Scottish Leaving Certificate Examination, 1953
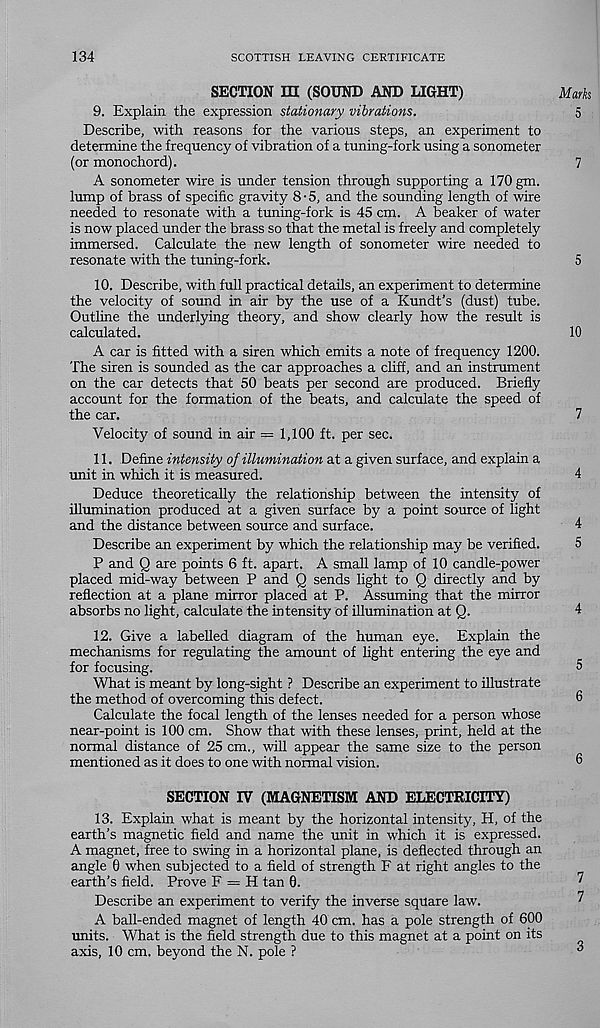
134
SCOTTISH LEAVING CERTIFICATE
SECTION m (SOUND AND LIGHT)
Mark
9. Explain the expression stationary vibrations.
5
Describe, with reasons for the various steps, an experiment to
determine the frequency of vibration of a tuning-fork using a sonometer
(or monochord).
7
A sonometer wire is under tension through supporting a 170 gm.
lump of brass of specific gravity 8-5, and the sounding length of wire
needed to resonate with a tuning-fork is 45 cm. A beaker of water
is now placed under the brass so that the metal is freely and completely
immersed. Calculate the new length of sonometer wire needed to
resonate with the tuning-fork.
5
10. Describe, with full practical details, an experiment to determine
the velocity of sound in air by the use of a Kundt’s (dust) tube.
Outline the underlying theory, and show clearly how the result is
calculated.
10
A car is fitted with a siren which emits a note of frequency 1200.
The siren is sounded as the car approaches a cliff, and an instrument
on the car detects that 50 beats per second are produced. Briefly
account for the formation of the beats, and calculate the speed of
the car.
7
Velocity of sound in air = 1,100 ft. per sec.
11. Define intensity of illumination at a given surface, and explain a
unit in which it is measured.
4
Deduce theoretically the relationship between the intensity of
illumination produced at a given surface by a point source of light
and the distance between source and surface.
4
Describe an experiment by which the relationship may be verified.
5
P and Q are points 6 ft. apart. A small lamp of 10 candle-power
placed mid-way between P and Q sends light to Q directly and by
reflection at a plane mirror placed at P. Assuming that the mirror
absorbs no light, calculate the intensity of illumination at Q.
4
12. Give a labelled diagram of the human eye. Explain the
mechanisms for regulating the amount of light entering the eye and
for focusing.
5
What is meant by long-sight ? Describe an experiment to illustrate
the method of overcoming this defect.
6
Calculate the focal length of the lenses needed for a person whose
near-point is 100 cm. Show that with these lenses, print, held at the
normal distance of 25 cm., will appear the same size to the person
mentioned as it does to one with normal vision.
SECTION IV (MAGNETISM AND ELECTRICITY)
13. Explain what is meant by the horizontal intensity, H, of the
earth’s magnetic field and name the unit in which it is expressed.
A magnet, free to swing in a horizontal plane, is deflected through an
angle 0 when subjected to a field of strength F at right angles to the
earth’s field. Prove F = H tan 0.
Describe an experiment to verify the inverse square law.
A ball-ended magnet of length 40 cm. has a pole strength of 600
units. What is the field strength due to this magnet at a point on its
axis, 10 cm. beyond the N. pole ?